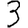
Digit: 3